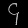
Digit: ၄